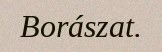
Borászat.